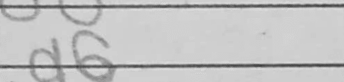
Transcription: a6